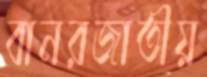
বানরজাতীয়